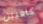
كافيين